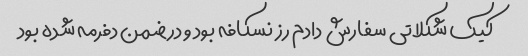
کیک شکلاتی سفارش دادم رز نسکافه بود و در ضمن دفرمه شده بود